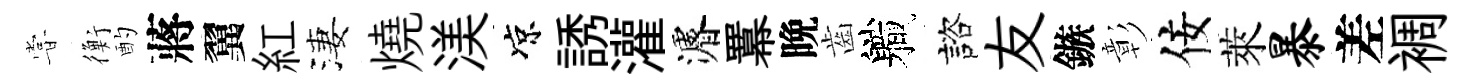
甞衡酌蔣翼紅淒燒渼凉誘灌濬羃晩齒軄諮友鏃彰佞萊暴差裯